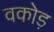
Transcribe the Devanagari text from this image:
वकोड़